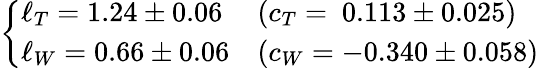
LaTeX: \left\{ \begin{array}{lll}{{\ell_{T}=1.24\pm 0.06}}&{{(c_{T}=~0.113\pm 0.025)}}\\ {{\ell_{W}=0.66\pm 0.06}}&{{(c_{W}=-0.340\pm 0.058)}}\end{array}\right.